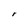
Character: r